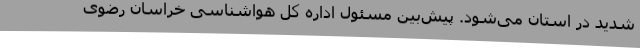
شدید در استان می‌شود. پیش‌بین مسئول اداره کل هواشناسی خراسان رضوی